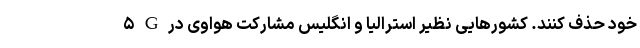
۵ G خود حذف کنند. کشور‌هایی نظیر استرالیا و انگلیس مشارکت هواوی در